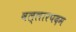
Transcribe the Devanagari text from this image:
वल्लारपदम